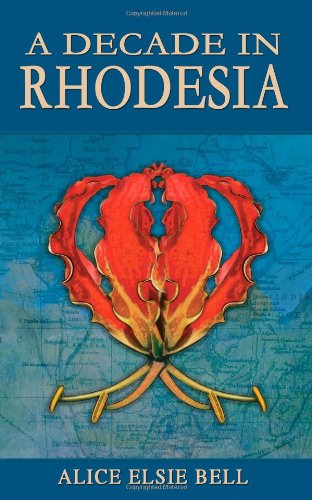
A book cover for A Decade in Rhodesia; Alice Elsie Bell; Travel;